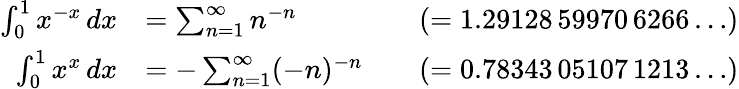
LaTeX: {\begin{array}{rlrl}{\int_{0}^{1}x^{-x}\, dx}&{=\sum_{n=1}^{\infty}n^{-n}}&&{(=1.29128\, 59970\, 6266\dots)}\\ {\int_{0}^{1}x^{x}\, dx}&{=-\sum_{n=1}^{\infty}(-n)^{-n}}&&{(=0.78343\, 05107\, 1213\dots)}\end{array}}